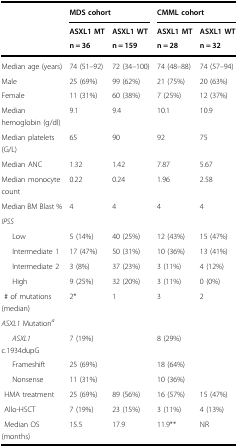
<table><thead><tr><td></td><td colspan="2"><b><underline>MDS cohort</underline></b></td><td colspan="2"><b><underline>CMML cohort</underline></b></td></tr><tr><td></td><td><b><i>ASXL1</i> MT</b></td><td><b><i>ASXL1</i> WT</b></td><td><b><i>ASXL1</i> MT</b></td><td><b><i>ASXL1</i> WT</b></td></tr><tr><td></td><td><b><i>n</i> = 36</b></td><td><b><i>n</i> = 159</b></td><td><b><i>n</i> = 28</b></td><td><b><i>n</i> = 32</b></td></tr></thead><tbody><tr><td>Median age (years)</td><td>74 (51–92)</td><td>72 (34–100)</td><td>74 (48–88)</td><td>74 (57–94)</td></tr><tr><td>Male</td><td>25 (69%)</td><td>99 (62%)</td><td>21 (75%)</td><td>20 (63%)</td></tr><tr><td>Female</td><td>11 (31%)</td><td>60 (38%)</td><td>7 (25%)</td><td>12 (37%)</td></tr><tr><td>Median hemoglobin (g/dl)</td><td>9.1</td><td>9.4</td><td>10.1</td><td>10.9</td></tr><tr><td>Median platelets (G/L)</td><td>65</td><td>90</td><td>92</td><td>75</td></tr><tr><td>Median ANC</td><td>1.32</td><td>1.42</td><td>7.87</td><td>5.67</td></tr><tr><td>Median monocyte count</td><td>0.22</td><td>0.24</td><td>1.96</td><td>2.58</td></tr><tr><td>Median BM Blast %</td><td>4</td><td>4</td><td>4</td><td>4</td></tr><tr><td colspan="5"><i>IPSS</i></td></tr><tr><td>Low</td><td>5 (14%)</td><td>40 (25%)</td><td>12 (43%)</td><td>15 (47%)</td></tr><tr><td>Intermediate 1</td><td>17 (47%)</td><td>50 (31%)</td><td>10 (36%)</td><td>13 (41%)</td></tr><tr><td>Intermediate 2</td><td>3 (8%)</td><td>37 (23%)</td><td>3 (11%)</td><td>4 (12%)</td></tr><tr><td>High</td><td>9 (25%)</td><td>32 (20%)</td><td>3 (11%)</td><td>0 (0%)</td></tr><tr><td> # of mutations (median)</td><td>2*</td><td>1</td><td>3</td><td>2</td></tr><tr><td colspan="5"><i>ASXL1</i> Mutation<sup><i>a</i></sup></td></tr><tr><td><i>ASXL1</i> c.1934dupG</td><td>7 (19%)</td><td></td><td>8 (29%)</td><td></td></tr><tr><td>Frameshift</td><td>25 (69%)</td><td></td><td>18 (64%)</td><td></td></tr><tr><td>Nonsense</td><td>11 (31%)</td><td></td><td>10 (36%)</td><td></td></tr><tr><td> HMA treatment</td><td>25 (69%)</td><td>89 (56%)</td><td>16 (57%)</td><td>15 (47%)</td></tr><tr><td> Allo-HSCT</td><td>7 (19%)</td><td>23 (15%)</td><td>3 (11%)</td><td>4 (13%)</td></tr><tr><td> Median OS (months)</td><td>15.5</td><td>17.9</td><td>11.9**</td><td>NR</td></tr></tbody></table>